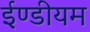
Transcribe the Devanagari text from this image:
ईण्डीयम